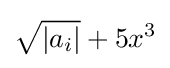
{\sqrt {|a_{i}|}}+5x^{3}